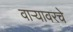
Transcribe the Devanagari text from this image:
वाऱ्यावरचे